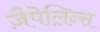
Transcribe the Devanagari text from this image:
ज़ैपेलिन्स